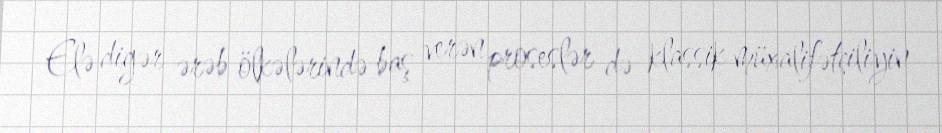
Elə digər ərəb ölkələrində baş verən proseslər də klassik müxalifətçiliyin